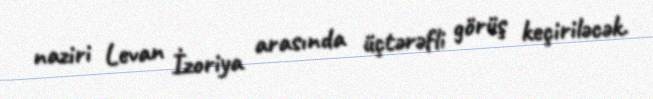
naziri Levan İzoriya arasında üçtərəfli görüş keçiriləcək.